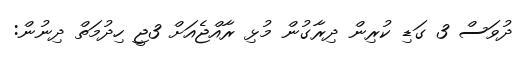
ދުވަސް 3 ގަޑި ކުރިން ދިރާގުން މުޅި ރާއްޖެއަށް 3ޖީ ހިދުމަތް ދިނުން: